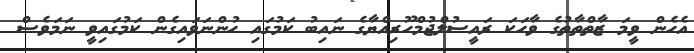
އެހެން ވީމަ ޒާތްތާތުގެ ވާހަކަ ރައީސުލްޖުމްހޫރިއްޔާގެ ނައިބު ކަމުގައި ހުންނަވައިގެން ކަމުގައިވީ ނަމަވެސް